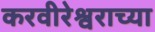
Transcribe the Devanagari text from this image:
करवीरेश्वराच्या